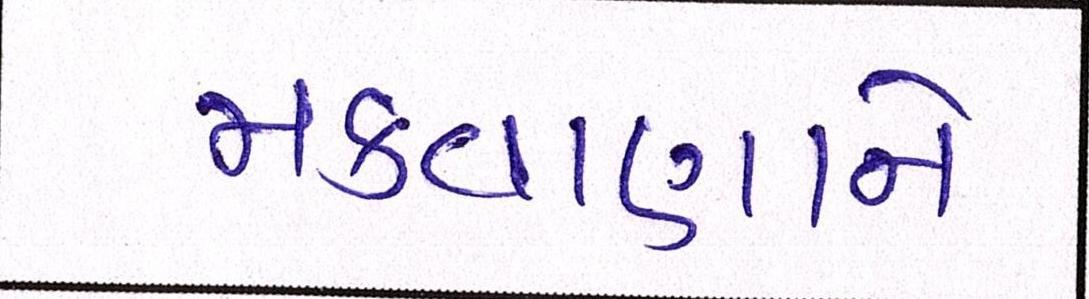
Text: મકવાણાને